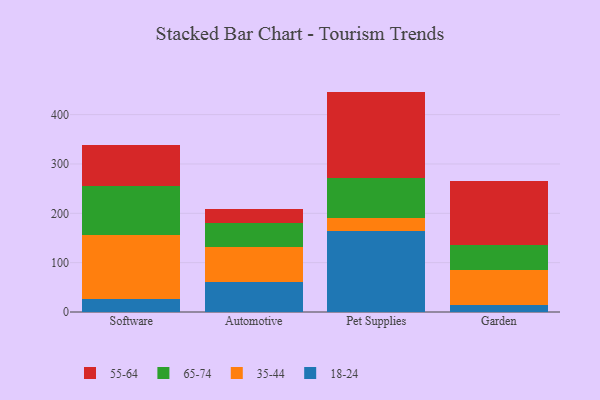
{"axis": {"x": "Category", "y": "Production Output"}, "legend": ["18-24", "35-44", "55-64", "65-74"], "data": [{"x": "Software", "y": 27.3, "type": "18-24"}, {"x": "Software", "y": 127.9, "type": "35-44"}, {"x": "Software", "y": 99.4, "type": "65-74"}, {"x": "Software", "y": 84.4, "type": "55-64"}, {"x": "Automotive", "y": 60.5, "type": "18-24"}, {"x": "Automotive", "y": 71.0, "type": "35-44"}, {"x": "Automotive", "y": 48.0, "type": "65-74"}, {"x": "Automotive", "y": 28.4, "type": "55-64"}, {"x": "Pet Supplies", "y": 164.0, "type": "18-24"}, {"x": "Pet Supplies", "y": 26.5, "type": "35-44"}, {"x": "Pet Supplies", "y": 80.9, "type": "65-74"}, {"x": "Pet Supplies", "y": 175.2, "type": "55-64"}, {"x": "Garden", "y": 13.5, "type": "18-24"}, {"x": "Garden", "y": 71.1, "type": "35-44"}, {"x": "Garden", "y": 51.2, "type": "65-74"}, {"x": "Garden", "y": 129.2, "type": "55-64"}]}